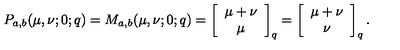
P _ { a , b } ( \mu , \nu ; 0 ; q ) = M _ { a , b } ( \mu , \nu ; 0 ; q ) = \left[ \begin{array} { c } { \mu + \nu } \\ { \mu } \\ \end{array} \right] _ { q } = \left[ \begin{array} { c } { \mu + \nu } \\ { \nu } \\ \end{array} \right] _ { q } .